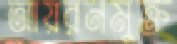
আয়রনমুক্ত